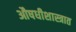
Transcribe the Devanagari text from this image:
औषधीशास्त्रात